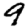
Digit: 9